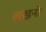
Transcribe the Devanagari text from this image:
लखनो